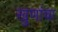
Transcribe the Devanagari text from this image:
खुणांचा